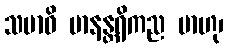
သမာဓိ မာနန္တရိကည မာဟု၊